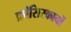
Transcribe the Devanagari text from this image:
फ्रांसिस्कानों